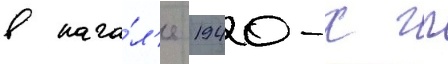
в нача́л'е 1940-х гг